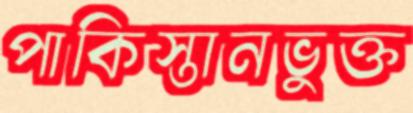
পাকিস্তানভুক্ত